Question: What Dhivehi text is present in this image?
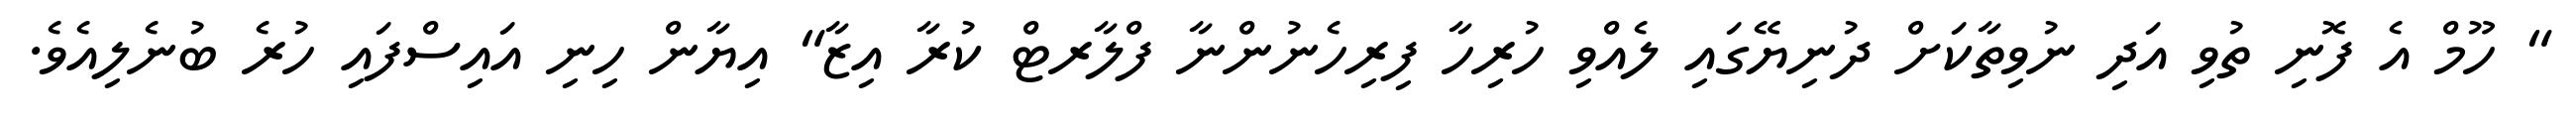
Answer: " ހޫމް އެ ފޮނި ތުވި އަދި ނުވިތާކަށް ދުނިޔޭގައި ލެއްވި ހުރިހާ ފިރިހެނުންނާ ފްލާރޓް ކުރާ އިޒާ" އިޔާން ހިނި އައިސްފައި ހުރެ ބުނެލިއެވެ.